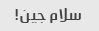
سلام جین!